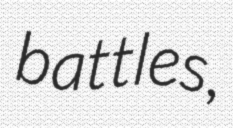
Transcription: battles,